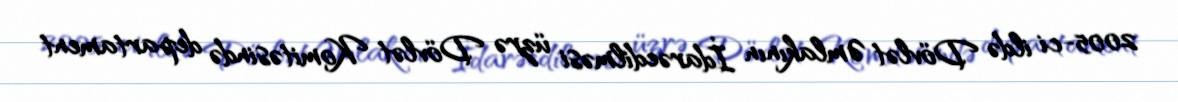
2005-ci ildə Dövlət Əmlakının İdarəedilməsi üzrə Dövlət Komitəsində departament